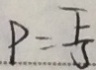
P = \frac { F } { S }